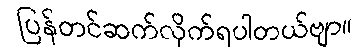
ပြန်တင်ဆက်လိုက်ရပါတယ်ဗျာ။